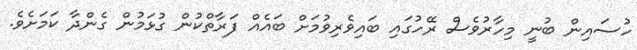
ހުސައިން ބުނީ މިހާރުވެސް ރޭހުގައި ބައިވެރިވުމަށް ބައެއް ފަރާތްކުން ގުޅަމުން ގެންދާ ކަމަށެވެ.